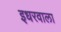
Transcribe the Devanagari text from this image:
इधरवाला